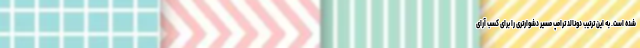
شده است. به این ترتیب دونالد ترامپ مسیر دشوارتری را برای کسب آرای